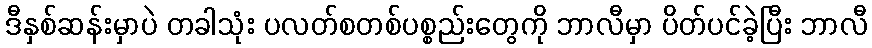
ဒီနှစ်ဆန်းမှာပဲ တခါသုံး ပလတ်စတစ်ပစ္စည်းတွေကို ဘာလီမှာ ပိတ်ပင်ခဲ့ပြီး ဘာလီ